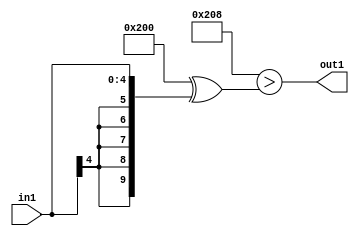
`timescale 1ps / 1ps
/*****************************************************************************
    Verilog RTL Description
    
    
    Created by: Stratus DpOpt 2019.1.01 
*******************************************************************************/

module dut_Lti8s5_4 (
	in1,
	out1
	); /* architecture "behavioural" */ 
input [4:0] in1;
output  out1;
wire  asc001;

assign asc001 = ((10'B1000000000 ^ 10'B0000001000)>(10'B1000000000 ^ {{5{in1[4]}}, in1}));

assign out1 = asc001;
endmodule

/* CADENCE  ubH5TQk= : u9/ySgnWtBlWxVPRXgAZ4Og= ** DO NOT EDIT THIS LINE ******/